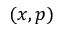
( x , p )